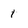
Character: 1